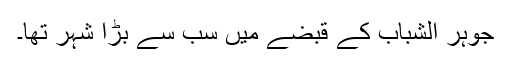
جوہر الشباب کے قبضے میں سب سے بڑا شہر تھا۔